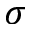
\sigma